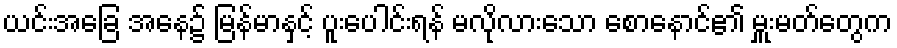
ယင်းအခြေ အနေ၌ မြန်မာနှင့် ပူးပေါင်းရန် မလိုလားသော စောနောင်၏ မှူးမတ်တွေက